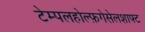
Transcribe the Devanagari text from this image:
टेम्पलहोल्फ़गेसेलशाफ्ट